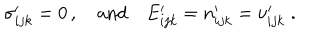
\sigma _ { i j k } ^ { \prime } = 0 \, , \quad \mathrm { a n d } \quad E _ { i j k } ^ { \prime } = n _ { i j k } ^ { \prime } = \nu _ { i j k } ^ { \prime } \; .